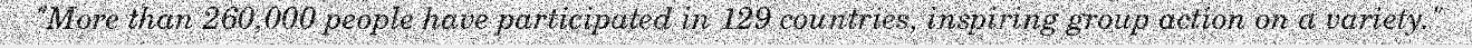
"More than 260,000 people have participated in 129 countries, inspiring group action on a variety."